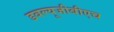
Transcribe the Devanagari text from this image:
डबल्यूजीबीएच